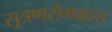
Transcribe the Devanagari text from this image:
सूत्रणरोगग्रस्त